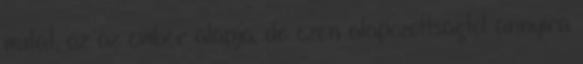
mutat, az az ember alapja, de ezen alapozottságtól annyira